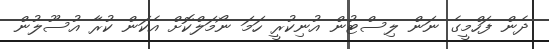
ދެން ފަހްމީގެ ނަން ލިސްޓުން އުނިކުރީ ހަމަ ނޯމަލްކޮށް އެކަން ކުރާ އުސޫލުން